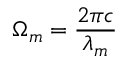
\Omega _ { m } = \frac { 2 \pi c } { \lambda _ { m } }